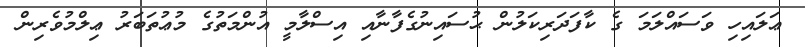
ޢަލައިހި ވަސައްލަމަ ގެ ކާފަދަރިކަލުން ޙުސައިނުގެފާނާއި އިސްލާމީ އުންމަތުގެ މުޢުތަބަރު ޢިލްމުވެރިން